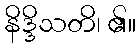
နိဒ္ဒိသတိ၊ ၏။